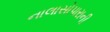
નાલાસોપારાની